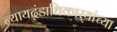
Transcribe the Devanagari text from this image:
न्यायदंडाधिकार्‍यांच्या